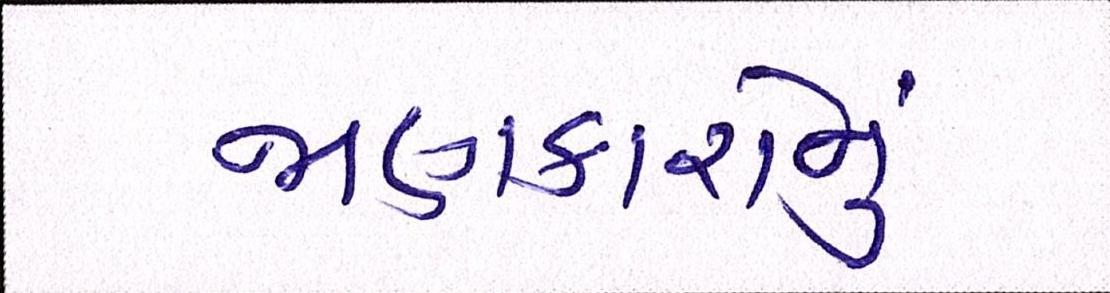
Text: જાણકારોનું